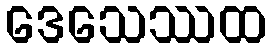
ဒေသေဿထ